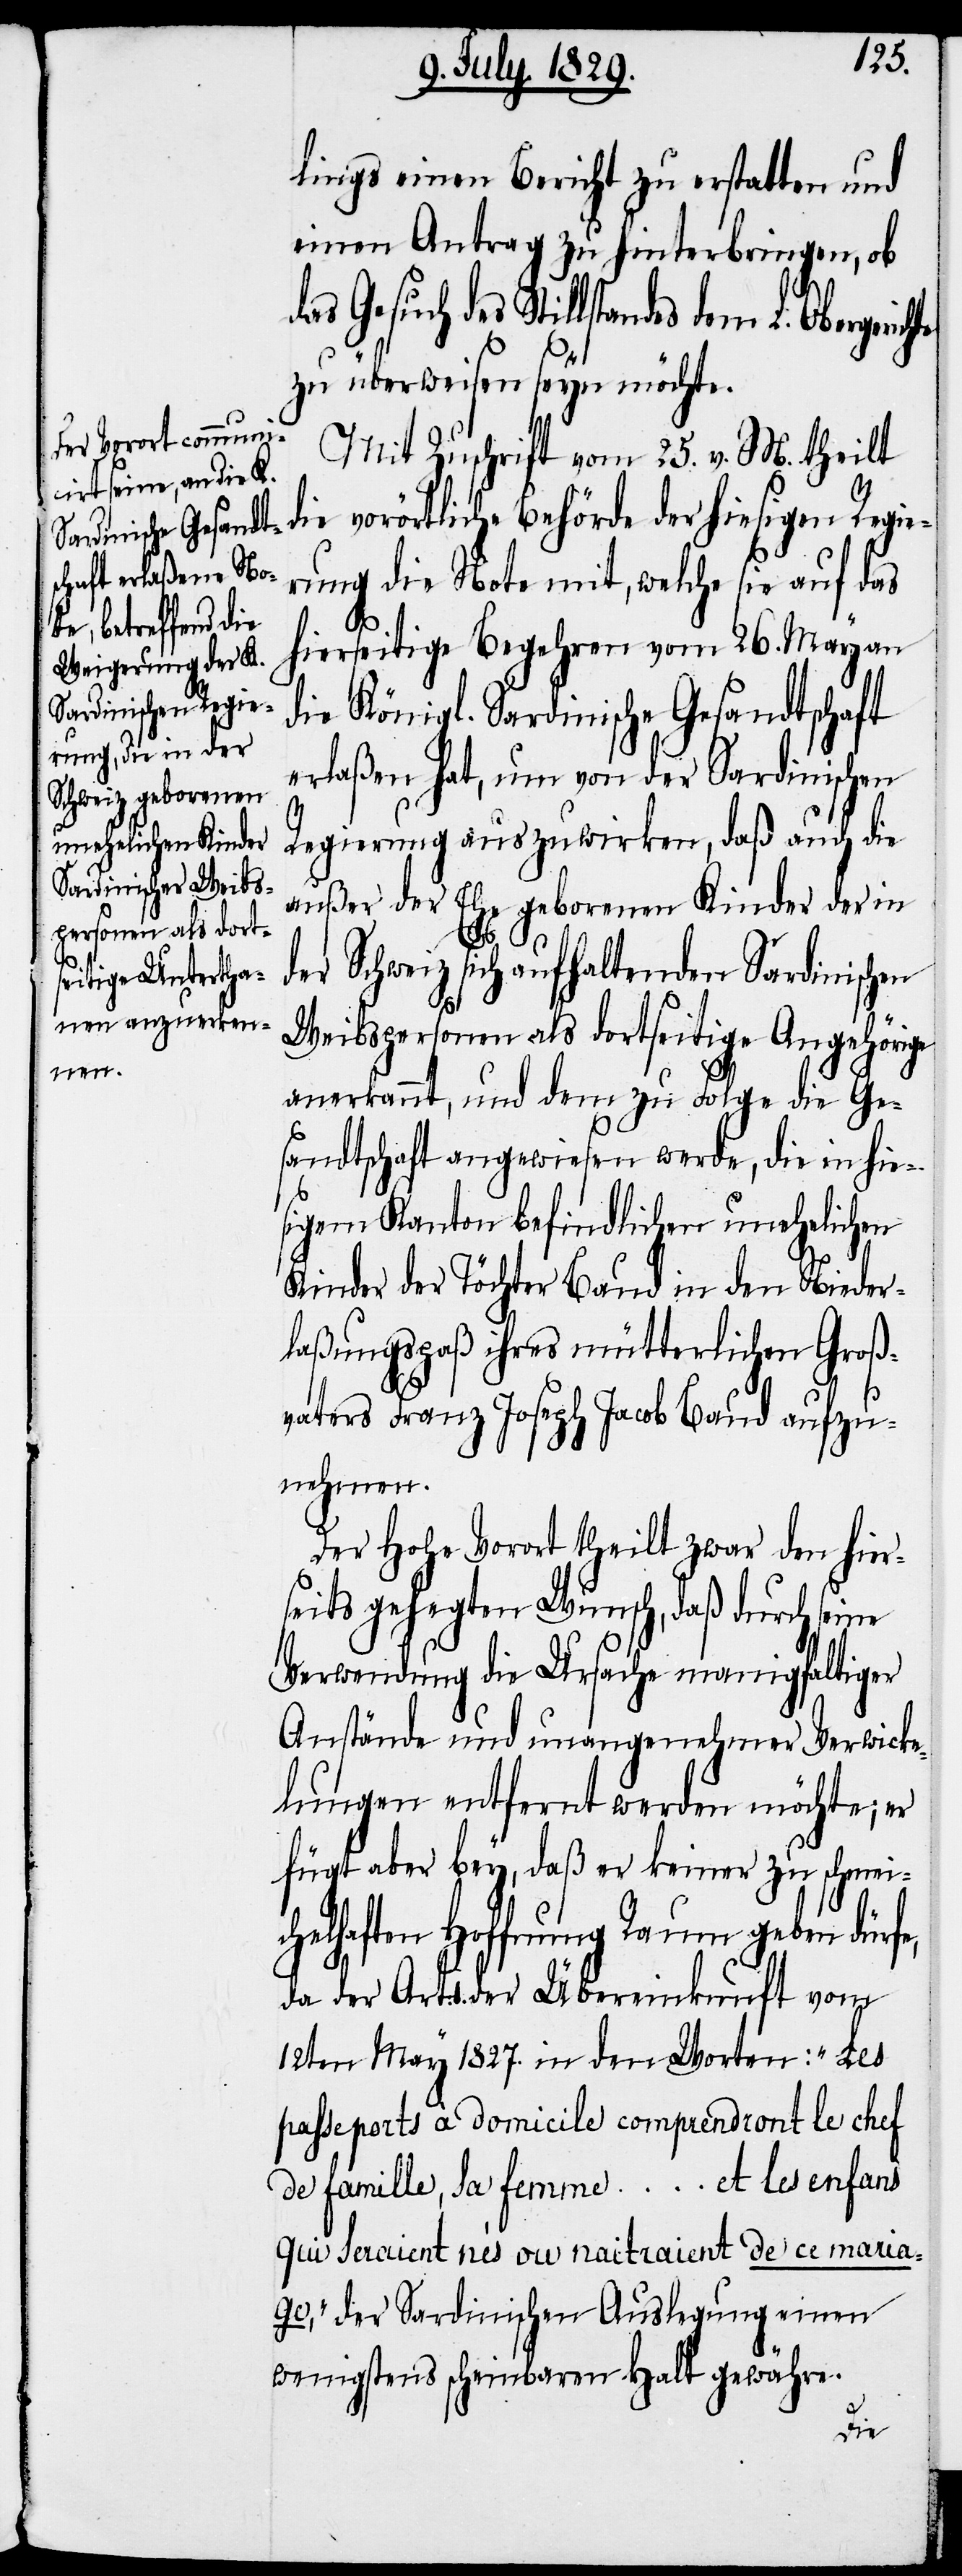
lings einen Bericht zu erstatten und
einen Antrag zu hinterbringen, ob
das Gesuch des Stillstandes dem
zu überweisen seyn möchte.
Mit Zuschrift vom 25. v. M. theilt
die vorörtliche Behörde der hiesigen Regie¬
rung die Note mit, welche sie auf das
hierseitige Begehren vom 26. May an
die Königl. Sardinische Gesandtschaft
erlaßen hat, um von der Sardinischen
Regierung auszuwirken, daß auch die
außer der Ehe geborenen Kinder der in
der Schweiz sich aufhaltenden Sardinischen
Weibspersonen als dortseitige Angehörige
anerkannt, und dem zu Folge die Ge¬
sandtschaft angewiesen werde, die in hie¬
sigem Kanton befindlichen unehelichen
Kinder der Töchter Baud in den Nieder¬
laßungspaß ihres mütterlichen Groß¬
vaters Franz Joseph Jacob Baud aufzu¬
nehmen.
Der Hohe Vorort theilt zwar den hier¬
seits gehegten Wunsch, daß durch seine
Verwendung die Ursache manigfaltiger
Anstände und unangenehmer Verwicke¬
lungen entfernt werden möchte; er
fügt aber bey, daß er keiner zu schmei¬
chelhaften Hoffnung Raum geben dürfe,
der Art. 1. der Übereinkunft vom
12. May 1827. in den Worten: „Les
passeports à domicile comprendront le chef
de famille, sa femme ... et les enfans
qui seraient nés ou naitraient de ce maria¬
ge,“ der Sardinischen Auslegung einen
wenigstens scheinbaren Halt gewähre.